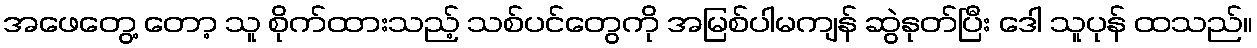
အဖေတွေ့ တော့ သူ စိုက်ထားသည့် သစ်ပင်တွေကို အမြစ်ပါမကျန် ဆွဲနုတ်ပြီး ဒေါ သူပုန် ထသည်။